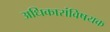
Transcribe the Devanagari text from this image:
अधिकारांविषयक